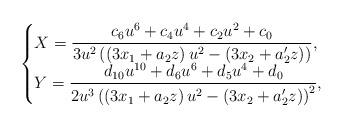
LaTeX: \begin{align*} \begin{cases} X= \dfrac{c_6 u^6 + c_4u^4+c_2u^2+c_0}{3u^2\left( \left(3x_1+a_2z\right) u^2 -\left(3x_2+a'_2z\right) \right)}, \\ Y= \dfrac{d_{10}u^{10}+d_6u^6+d_5u^4+d_0}{2u^3\left(\left(3x_1+a_2z\right) u^2 -\left(3x_2+a'_2z\right) \right)^2}, \end{cases}\end{align*}